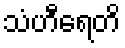
သံဟီရေတိ